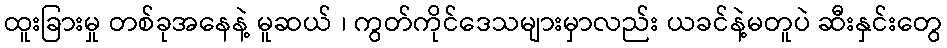
ထူးခြားမှု တစ်ခုအနေနဲ့ မူဆယ် ၊ ကွတ်ကိုင်ဒေသများမှာလည်း ယခင်နဲ့မတူပဲ ဆီးနှင်းတွေ